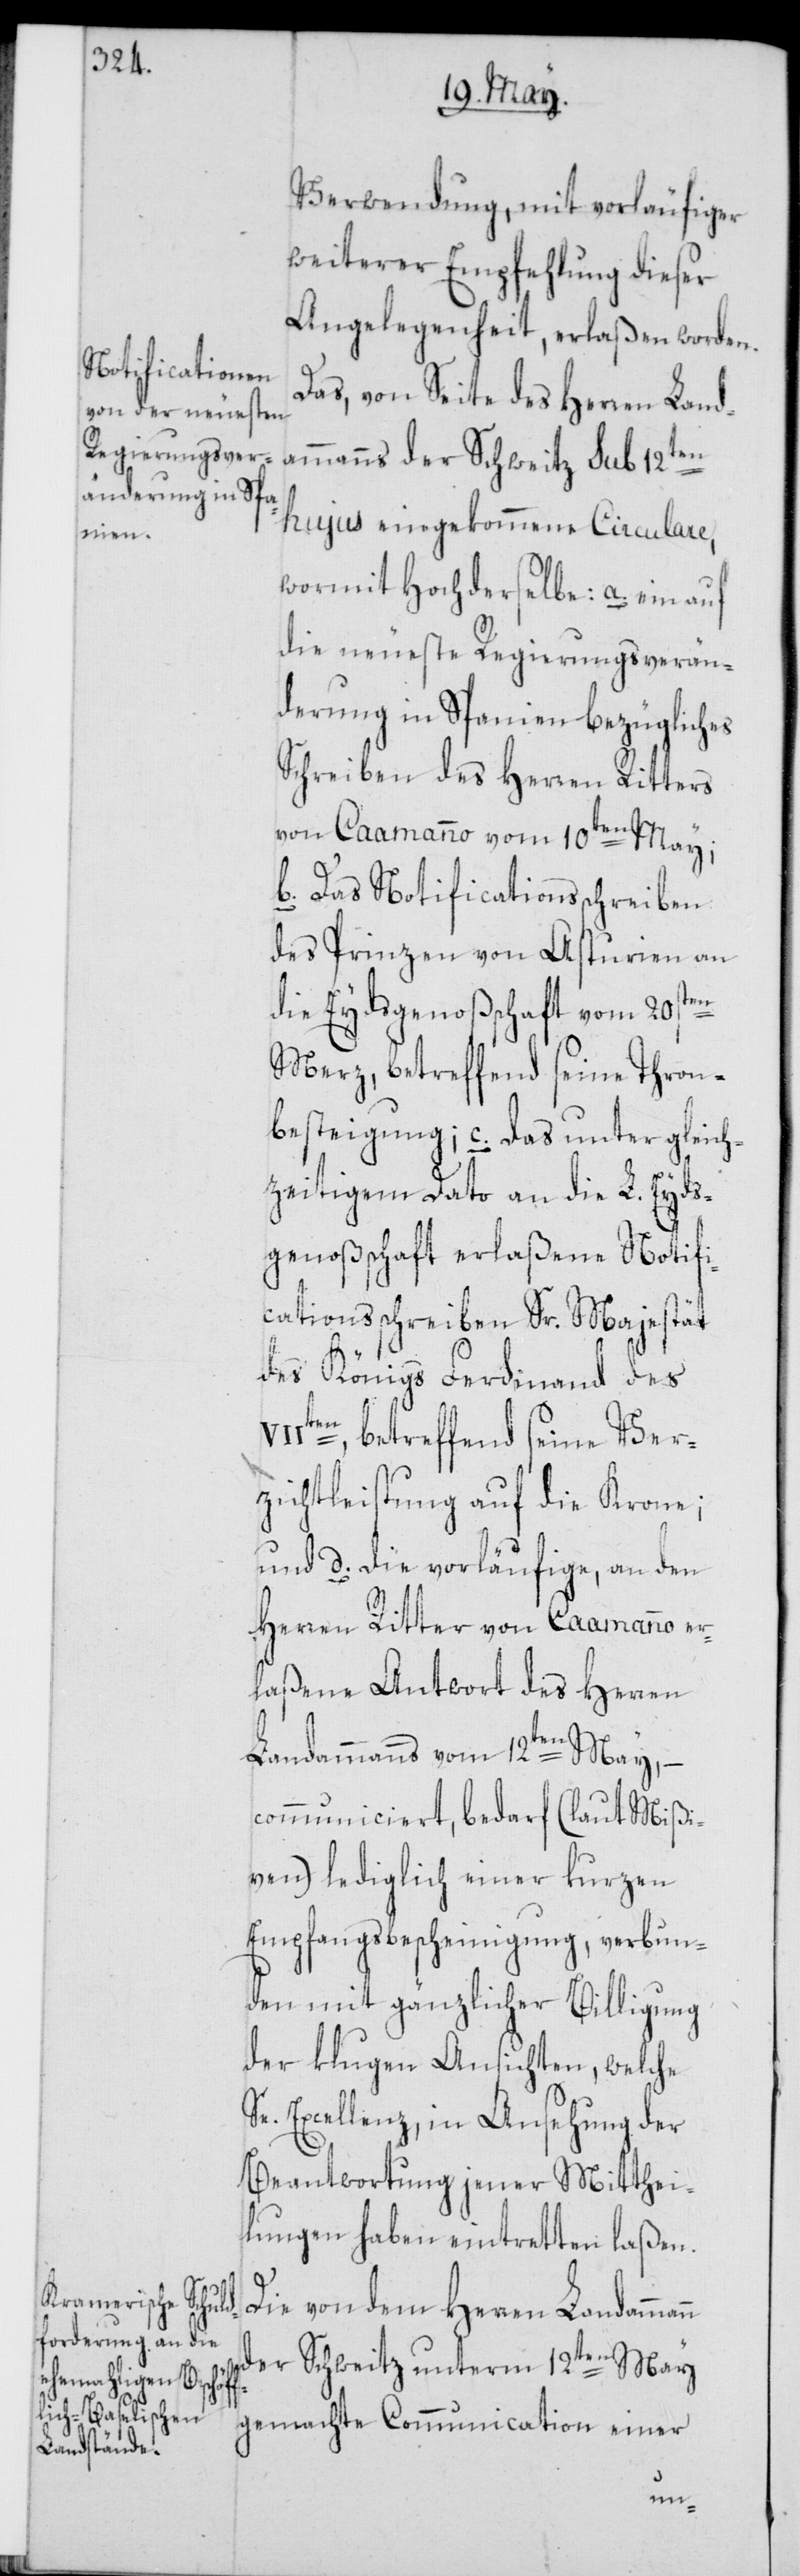
Verwendung, mit vorläufiger
weiterer Empfehlung dieser
Angelegenheit, erlaßen worden.
Das, von Seite des Herren Land¬
hujus eingekommene Circulare,
wormit Hochderselbe: a. ein auf
die neueste Regierungsverän¬
derung in Spanien bezügliches
Schreiben des Herren Ritters
von Caamanno vom 10ten May;
b. Das Notificationsschreiben
des Prinzen von Asturien an
die Eydsgenoßschaft vom 20sten
Merz, betreffend seine Thron¬
besteigung; c. das unter gleich¬
zeitigem Dato an die L. Eyds¬
genoßschaft erlaßene Notifi¬
cationsschreiben Sr. Majestät
des Königs Ferdinand des
IIten, betreffend seine Ver¬
zichtleistung auf die Krone;
und d. die vorläufige, an den
Herren Ritter von Caamanno er¬
laßene Antwort des Herren
Landammanns vom 12ten May, –
communiciert, bedarf (laut Mißi¬
ven) lediglich einer kurzen
Empfangsbescheinigung, verbun¬
den mit gänzlicher Billigung
der klugen Ansichten, welche
Se. Excellenz, in Ansehung der
Beantwortung jener Mitthei¬
lungen haben eintretten laßen.
Die von dem Herren Landamma¬
der Schweitz unterm 12ten May
gemachte Communication einer
nn